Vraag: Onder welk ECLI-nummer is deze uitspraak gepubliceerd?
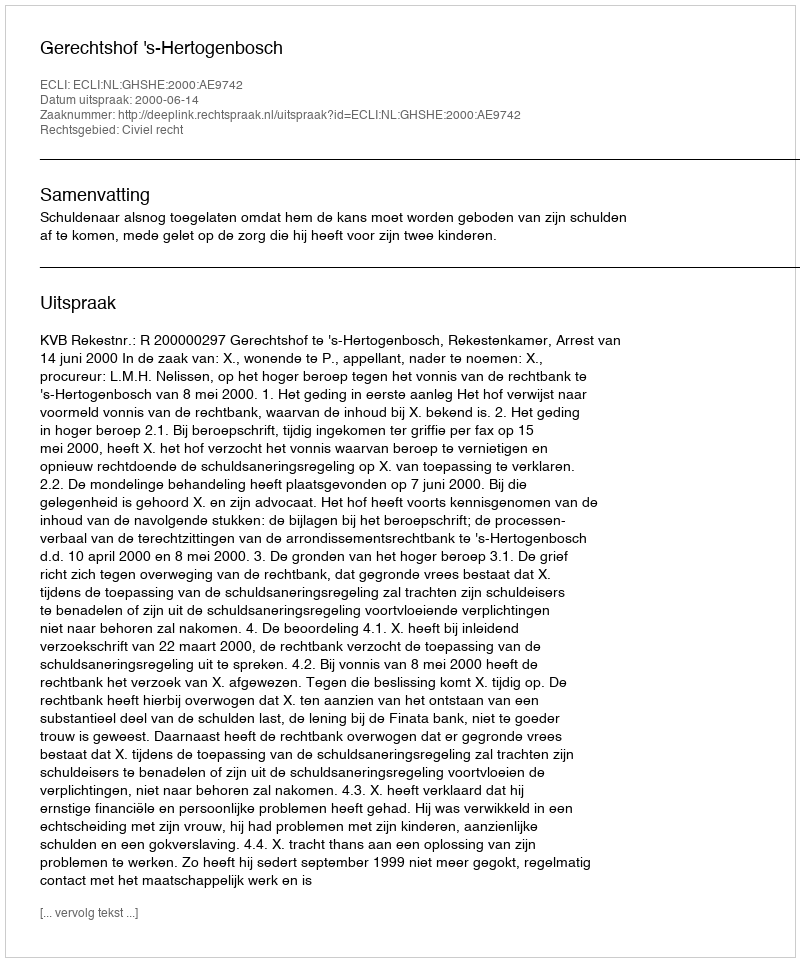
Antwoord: ECLI:NL:GHSHE:2000:AE9742